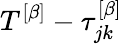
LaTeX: T^{\left[\beta\right]}-\tau_{jk}^{\left[\beta\right]}